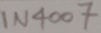
Text: IN4007